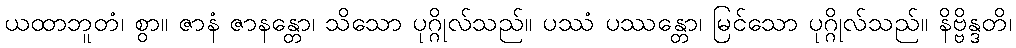
ယထာဘူတံ၊ စွာ။ ဇာနံ ဇာနန္တော၊ သိသော ပုဂ္ဂိုလ်သည်။ ပဿံ ပဿန္တော၊ မြင်သော ပုဂ္ဂိုလ်သည်။ နိဗ္ဗိန္ဒတိ၊